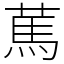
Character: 䔍